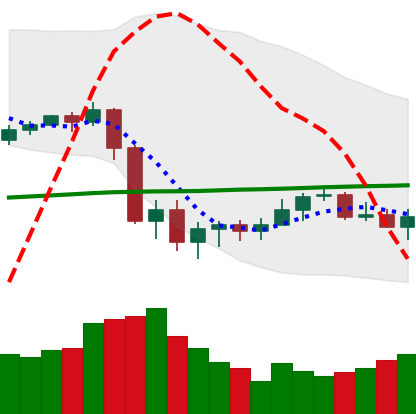
Ticker: XLM-USD
Chart end date: 2020-09-16
Forward return: -11.841%
Label: down_7plus